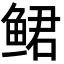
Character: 鲪